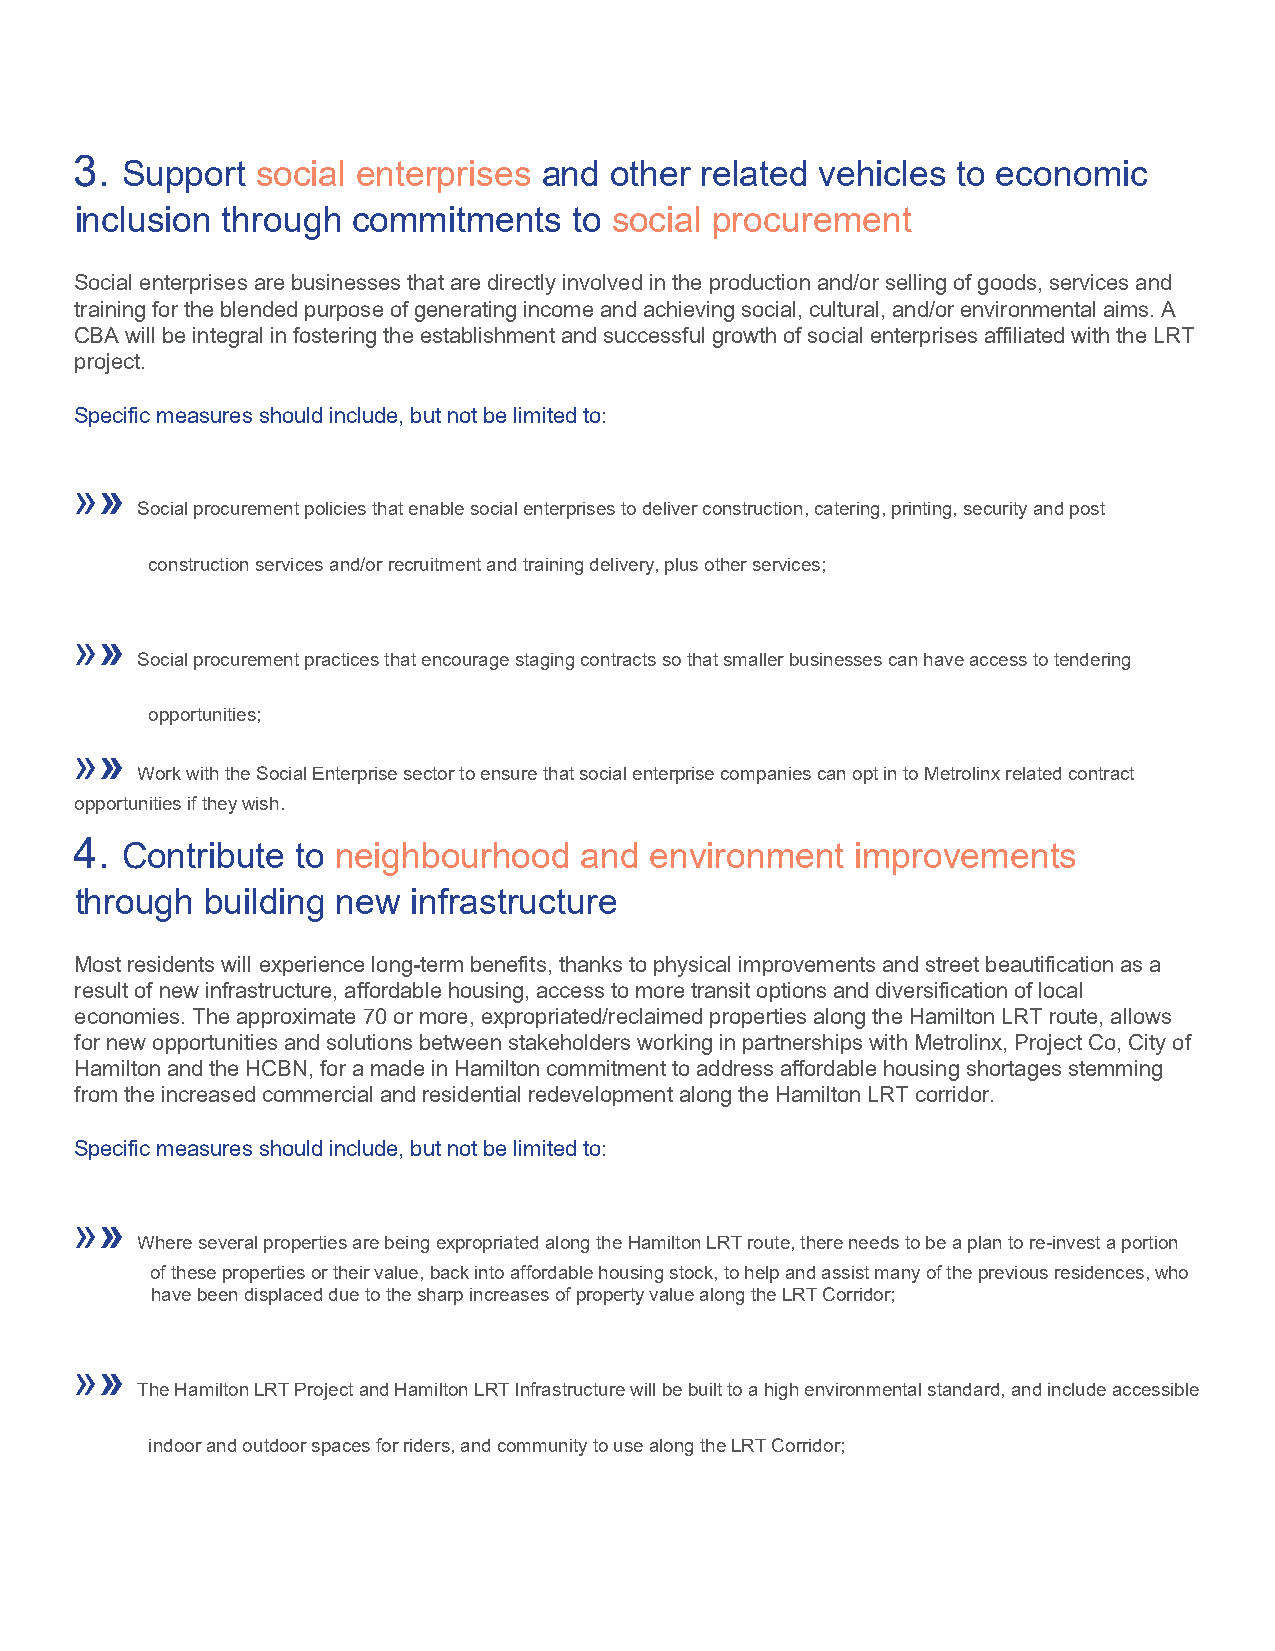
3.
 Support  social enterprises and other related vehicles to economic
 inclusion through commitments    to social procurement
 Social enterprises are businesses that are directly involved in the production and/or selling of goods, services and
 training for the blended purpose of generating income and achieving social, cultural, and/or environmental aims. A
 CBA will be integral in fostering the establishment and successful growth of social enterprises affiliated with the LRT
 project.
 Specific measures should include, but not be limited to:
 »»
 Social procurement policies that enable social enterprises to deliver construction, catering, printing, security and post
 construction services and/or recruitment and training delivery, plus other services;
 »»
 Social procurement practices that encourage staging contracts so that smaller businesses can have access to tendering
 opportunities;
 »»
 Work with the Social Enterprise sector to ensure that social enterprise companies can opt in to Metrolinx related contract
 opportunities if they wish.
 4.
 Contribute  to neighbourhood  and  environment   improvements
 through  building new infrastructure
 Most residents will experience long-term benefits, thanks to physical improvements and street beautification as a
 result of new infrastructure, affordable housing, access to more transit options and diversification of local
 economies. The approximate 70 or more, expropriated/reclaimed properties along the Hamilton LRT route, allows
 for new opportunities and solutions between stakeholders working in partnerships with Metrolinx, Project Co, City of
 Hamilton and the HCBN, for a made in Hamilton commitment to address affordable housing shortages stemming
 from the increased commercial and residential redevelopment along the Hamilton LRT corridor.
 Specific measures should include, but not be limited to:
 »»
 Where several properties are being expropriated along the Hamilton LRT route, there needs to be a plan to re-invest a portion
 of these properties or their value, back into affordable housing stock, to help and assist many of the previous residences, who
 have been displaced due to the sharp increases of property value along the LRT Corridor;
 »»
 The Hamilton LRT Project and Hamilton LRT Infrastructure will be built to a high environmental standard, and include accessible
 indoor and outdoor spaces for riders, and community to use along the LRT Corridor;